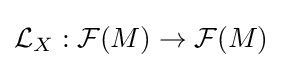
{\mathcal {L}}_{X}:{\mathcal {F}}(M)\rightarrow {\mathcal {F}}(M)